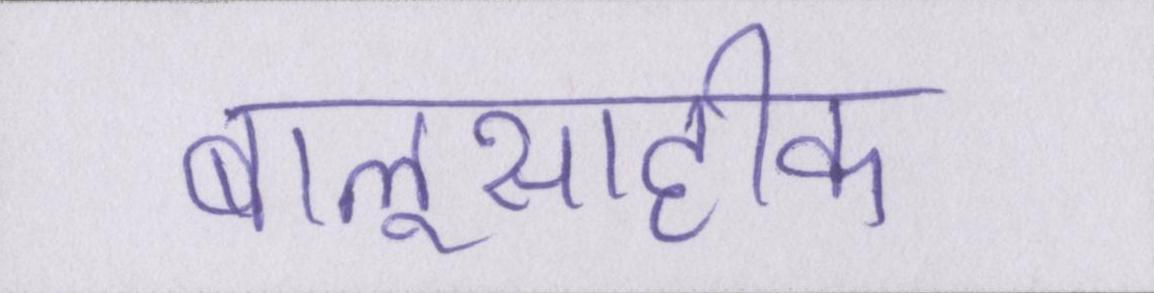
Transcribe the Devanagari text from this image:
बालूसाहीके